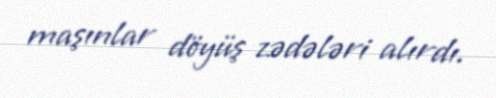
maşınlar döyüş zədələri alırdı.